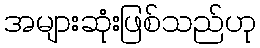
အများဆုံးဖြစ်သည်ဟု